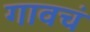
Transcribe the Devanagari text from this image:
गावचं